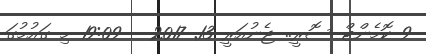
9 ކޮމެންޓް ސޮރީ.. ޖެނުއަރީ 13